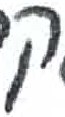
אות: ק